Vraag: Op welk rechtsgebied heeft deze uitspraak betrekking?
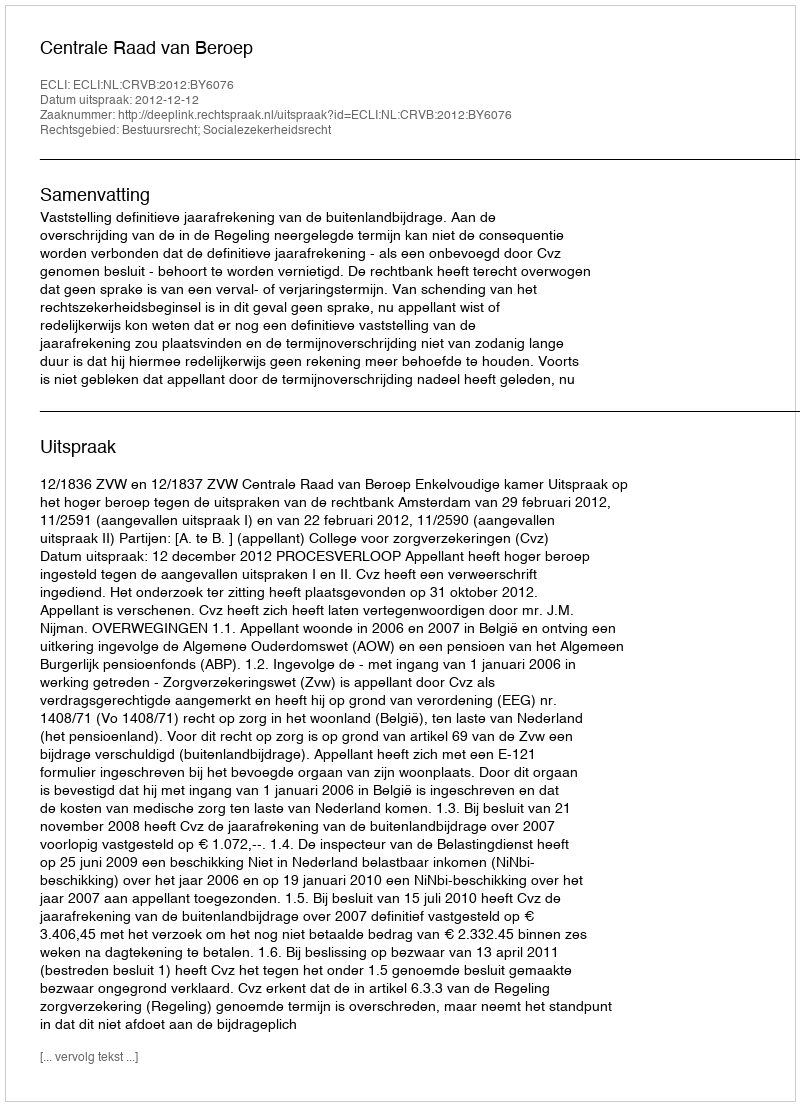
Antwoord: Bestuursrecht; Socialezekerheidsrecht